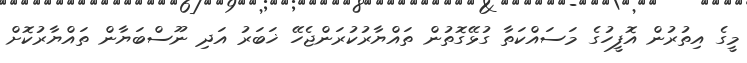
މީގެ އިތުރުން އޮފީހުގެ މަސައްކަތާ ގުޅޭގޮތުން ތައްޔާރުކުރަންޖެހޭ ޚަބަރު އަދި ނޫސްބަޔާން ތައްޔާރުކޮށް